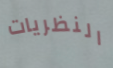
النظريات